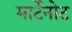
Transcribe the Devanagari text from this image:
मार्टेनोट